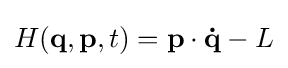
H(\mathbf {q} ,\mathbf {p} ,t)=\mathbf {p} \cdot \mathbf {\dot {q}} -L